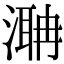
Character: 𣼚